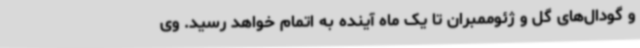
و گودال‌های گل و ژئوممبران تا یک ماه آینده به اتمام خواهد رسید. وی